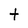
Character: t